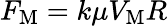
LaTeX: F_{\mathrm{M}}=k\mu V_{\mathrm{M}}R